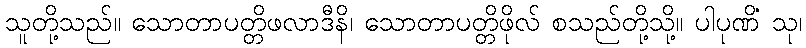
သူတို့သည်။ သောတာပတ္တိဖလာဒီနိ၊ သောတာပတ္တိဖိုလ် စသည်တို့သို့။ ပါပုဏိံ သု၊